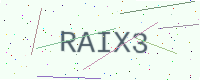
Text: RAIX3